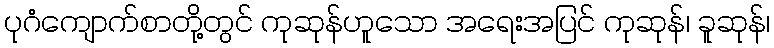
ပုဂံကျောက်စာတို့တွင် ကုဆုန်ဟူသော အရေးအပြင် ကုဆုန်၊ ခူဆုန်၊